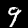
Digit: 9